Annual report on the Civil Veterinary Department, Burma (including the Insein Veterinary School) - 1923-1931
Year: 1923
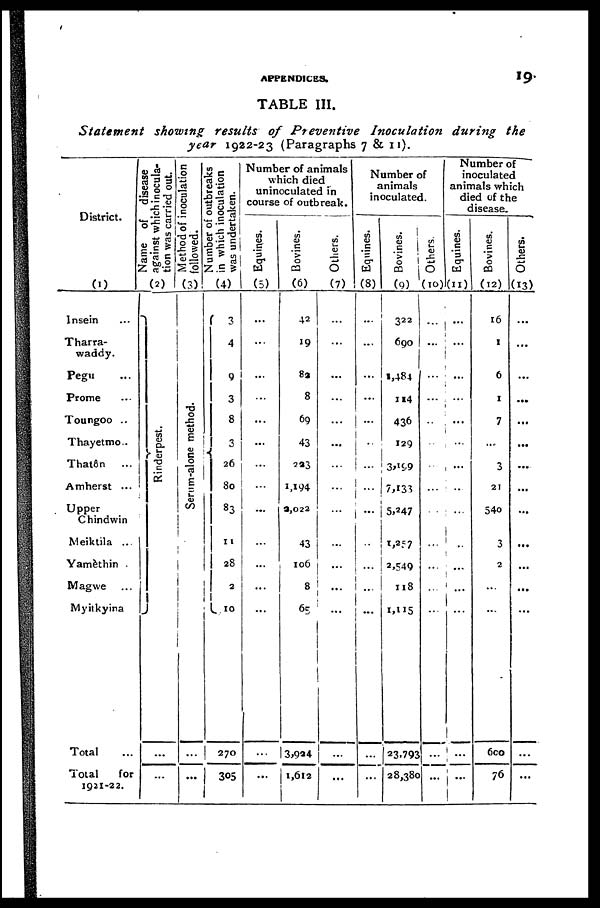
APPENDICES.
19
TABLE III.
Statement
showing results of Preventive
Inoculation
during
the
year 1922-23 (Paragraphs 7 & 11).
District.
(1)
Insein ...
Tharra-
waddy.
Pegu ...
Prome ...
Toungoo ..
Thayetmo..
Thatôn
...
Amherst ...
Upper
Chindwin
Meiktila ...
Yamèthin .
Magwe ...
Myitkyina
Total
Total
for
1921-22.
Name of disease
against which inocula-
tion was carried out.
(2)
Rinderpest.
...
...
Method of inoculation
followed.
(3)
Serum-alone method.
...
...
Number of outbreaks
in which inoculation
was undertaken.
(4)
3
4
9
3
8
3
26
80
83
11
28
2
10
270
305
Number of animals
which died
uninoculated in
course of outbreak.
Equines.
(5)
...
...
...
...
...
...
...
...
...
...
...
...
...
...
...
Bovines.
(6)
42
19
82
8
69
43
233
1,194
2,022
43
106
8
65
3,934
1,612
Others.
(7)
...
...
...
...
...
...
...
...
...
...
...
...
...
...
...
Number of
animals
inoculated.
Equines.
(8)
...
...
...
...
...
...
...
...
...
..
...
...
...
...
...
Bovines.
(9)
322
690
1,484
114
436
129
3,199
7,133
5,247
1,257
2,549
118
1,115
23,793
28,380
Others.
(10)
...
...
...
...
...
...
...
...
...
...
...
...
...
...
...
Number of
inoculated
animals which
died of the
disease.
Equines.
(11)
...
...
...
...
...
...
...
...
...
...
...
...
...
...
...
Bovines.
(12)
16
1
6
1
7
....
3
21
540
3
2
...
...
600
76
Others.
(13)
...
...
...
...
...
...
...
...
...
...
...
...
...
...
...